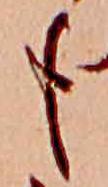
も